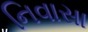
નિવાસા